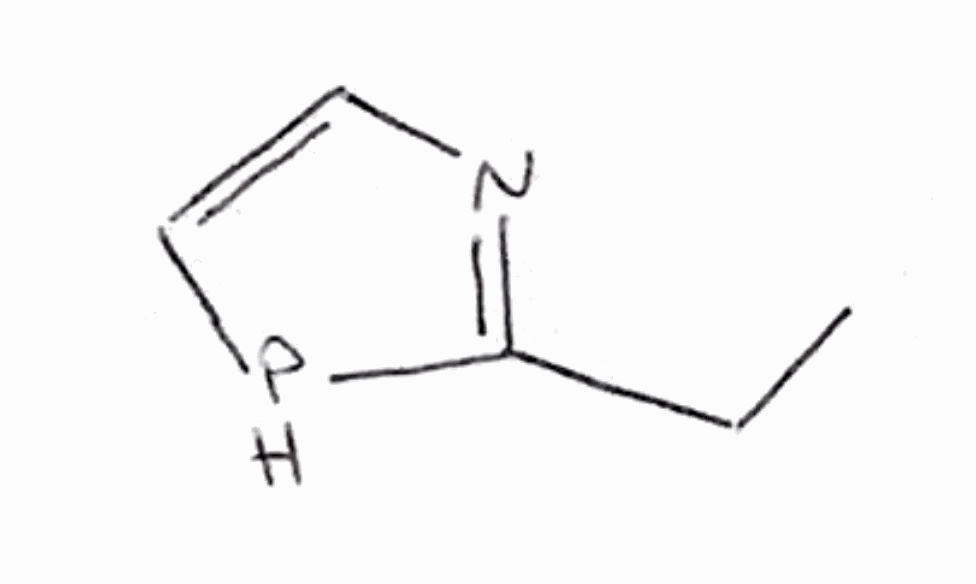
Simplified molecular-input line-entry system (SMILES) notation of the given molecule:
CCC1=NC=CP1